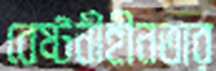
বেষ্টনীহীনতার